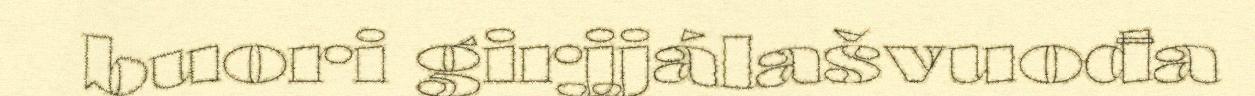
buori girjjálašvuođa